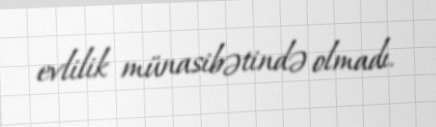
evlilik münasibətində olmadı.